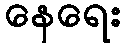
နေရေး